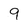
Character: 9